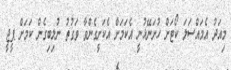
މިއަދު އެމައްސަލަ ކޯޓަށް ހުށަނޭޅުނީ އެކަމަށް އެކަށީގެންވާ ވަގުތު ނުލިބިގެން ކަމަށް ޕީޖީ